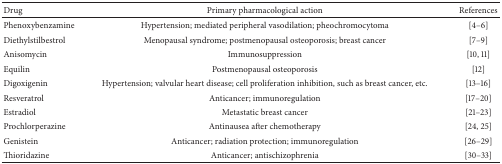
| Drug | Primary pharmacological action | References |
 | --- | --- | --- |
 | Phenoxybenzamine | Hypertension; mediated peripheral vasodilation; pheochromocytoma | [4–6] |
 | Diethylstilbestrol | Menopausal syndrome; postmenopausal osteoporosis; breast cancer | [7–9] |
 | Anisomycin | Immunosuppression | [10, 11] |
 | Equilin | Postmenopausal osteoporosis | [12] |
 | Digoxigenin | Hypertension; valvular heart disease; cell proliferation inhibition, such as breast cancer, etc. | [13–16] |
 | Resveratrol | Anticancer; immunoregulation | [17–20] |
 | Estradiol | Metastatic breast cancer | [21–23] |
 | Prochlorperazine | Antinausea after chemotherapy | [24, 25] |
 | Genistein | Anticancer; radiation protection; immunoregulation | [26–29] |
 | Thioridazine | Anticancer; antischizophrenia | [30–33] |